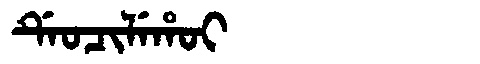
Manchu: ᡩᡝᠣᠴᡳᠯᡝᡥᠣᡳ
Romanization: DEOCILEHOI